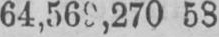
64,569,270 58